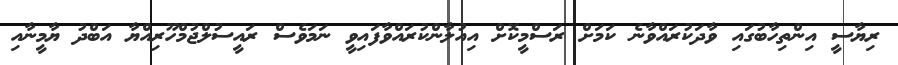
ރިޔާސީ އިންތިހާބުގައި ވާދަކުރައްވާނެ ކަމަށް ރަސްމީކޮށް އިއުލާންކުރައްވާފައިވީ ނަމަވެސް ރައީސުލްޖުމްހޫރިއްޔާ އަބްދު ޔާމީނާއި